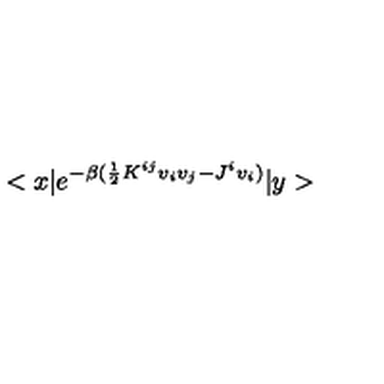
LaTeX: < x | e ^ { - \beta ( \frac { 1 } { 2 } K ^ { i j } v _ { i } v _ { j } - J ^ { i } v _ { i } ) } | y >